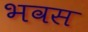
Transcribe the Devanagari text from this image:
भवस